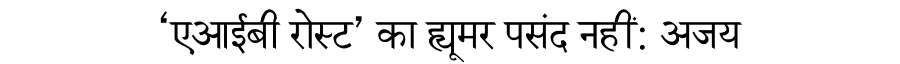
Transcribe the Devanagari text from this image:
‘एआईबी रोस्ट’ का ह्यूमर पसंद नहीं: अजय